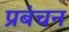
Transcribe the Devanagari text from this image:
प्रबंचन